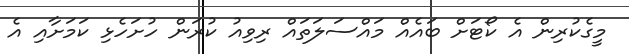
މީގެކުރިން އެ ކޯޓަށް ބައެއް މައްސަލަތައް ރިވިއު ކުރަން ހުށަހެޅި ކަމަށާއި އެ